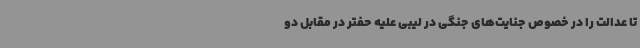
تا عدالت را در خصوص جنایت‌های جنگی در لیبی علیه حفتر در مقابل دو